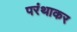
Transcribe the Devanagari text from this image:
परंथाकर